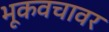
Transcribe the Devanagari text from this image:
भूकवचावर